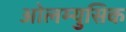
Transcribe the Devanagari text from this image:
ओलम्युसिक